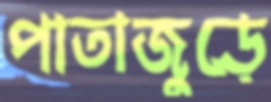
পাতাজুড়ে